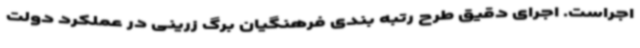
اجراست. اجرای دقیق طرح رتبه بندی فرهنگیان برگ زرینی در عملکرد دولت